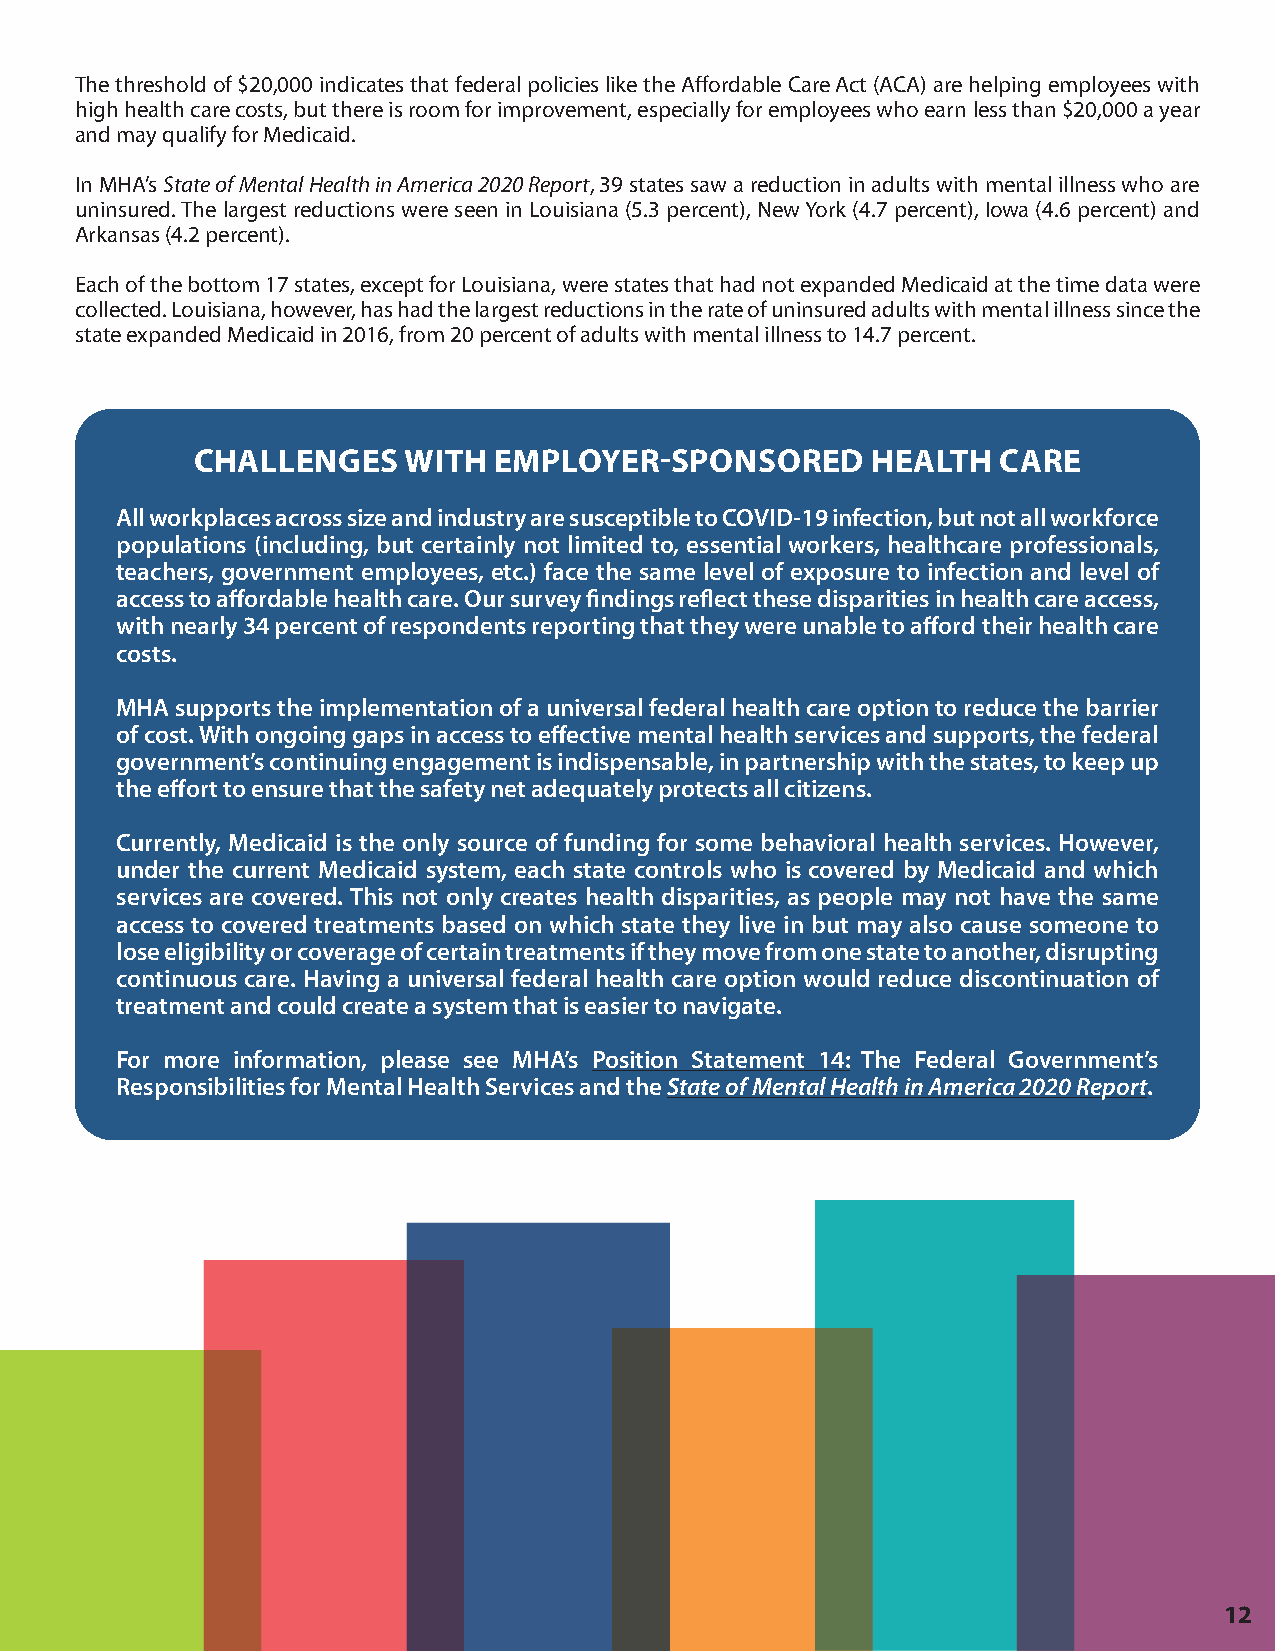
The threshold of $20,000 indicates that federal policies like the Affordable Care Act (ACA) are helping employees with
 high health care costs, but there is room for improvement, especially for employees who earn less than $20,000 a year
 and may qualify for Medicaid.
 In MHA’s State of Mental Health in America 2020 Report, 39 states saw a reduction in adults with mental illness who are
 uninsured. The largest reductions were seen in Louisiana (5.3 percent), New York (4.7 percent), Iowa (4.6 percent) and
 Arkansas (4.2 percent).
 Each of the bottom 17 states, except for Louisiana, were states that had not expanded Medicaid at the time data were
 collected. Louisiana, however, has had the largest reductions in the rate of uninsured adults with mental illness since the
 state expanded Medicaid in 2016, from 20 percent of adults with mental illness to 14.7 percent.
 CHALLENGES    WITH  EMPLOYER-SPONSORED       HEALTH  CARE
 All workplaces across size and industry are susceptible to COVID-19 infection, but not all workforce
 populations (including, but certainly not limited to, essential workers, healthcare professionals,
 teachers, government employees, etc.) face the same level of exposure to infection and level of
 access to affordable health care. Our survey findings reflect these disparities in health care access,
 with nearly 34 percent of respondents reporting that they were unable to afford their health care
 costs.
 MHA supports the implementation of a universal federal health care option to reduce the barrier
 of cost. With ongoing gaps in access to effective mental health services and supports, the federal
 government’s continuing engagement is indispensable, in partnership with the states, to keep up
 the effort to ensure that the safety net adequately protects all citizens.
 Currently, Medicaid is the only source of funding for some behavioral health services. However,
 under the current Medicaid system, each state controls who is covered by Medicaid and which
 services are covered. This not only creates health disparities, as people may not have the same
 access to covered treatments based on which state they live in but may also cause someone to
 lose eligibility or coverage of certain treatments if they move from one state to another, disrupting
 continuous care. Having a universal federal health care option would reduce discontinuation of
 treatment and could create a system that is easier to navigate.
 For more information, please see MHA’s Position Statement 14: The Federal Government’s
 Responsibilities for Mental Health Services and the State of Mental Health in America 2020 Report.
 12